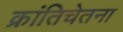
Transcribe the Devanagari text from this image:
क्रांतिचेतना